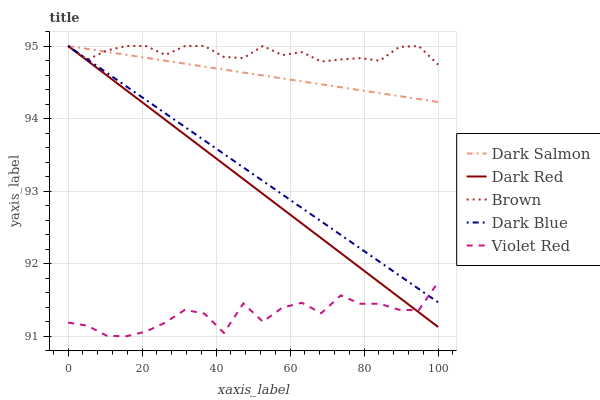
| xaxis_label | Dark Salmon | Dark Red | Brown | Dark Blue | Violet Red |
 | --- | --- | --- | --- | --- | --- |
 | 0 | 95 | 95 | 95 | 95 | 91.2 |
 | 5.26 | 95 | 94.8 | 94.8 | 94.8 | 91.1 |
 | 10.5 | 94.9 | 94.6 | 94.9 | 94.6 | 91 |
 | 15.8 | 94.9 | 94.4 | 95 | 94.4 | 91 |
 | 21.1 | 94.8 | 94.2 | 95 | 94.3 | 91.1 |
 | 26.3 | 94.8 | 94 | 94.9 | 94.1 | 91.2 |
 | 31.6 | 94.8 | 93.8 | 95 | 93.9 | 91.4 |
 | 36.8 | 94.7 | 93.6 | 95 | 93.7 | 91.3 |
 | 42.1 | 94.7 | 93.4 | 94.8 | 93.5 | 91 |
 | 47.4 | 94.6 | 93.2 | 94.8 | 93.3 | 91.5 |
 | 52.6 | 94.6 | 93 | 95 | 93.1 | 91.2 |
 | 57.9 | 94.6 | 92.8 | 94.9 | 93 | 91.4 |
 | 63.2 | 94.5 | 92.6 | 94.9 | 92.8 | 91.5 |
 | 68.4 | 94.5 | 92.4 | 94.8 | 92.6 | 91.3 |
 | 73.7 | 94.4 | 92.1 | 94.8 | 92.4 | 91.6 |
 | 78.9 | 94.4 | 91.9 | 94.8 | 92.2 | 91.4 |
 | 84.2 | 94.4 | 91.7 | 94.8 | 92 | 91.4 |
 | 89.5 | 94.3 | 91.5 | 95 | 91.8 | 91.4 |
 | 94.7 | 94.3 | 91.3 | 95 | 91.7 | 91.4 |
 | 100 | 94.2 | 91.1 | 94.7 | 91.5 | 91.7 |